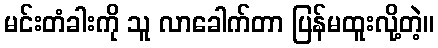
မင်းတံခါးကို သူ လာခေါက်တာ ပြန်မထူးလို့တဲ့။